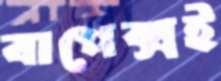
বাপেক্সই